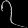
Digit: ၇